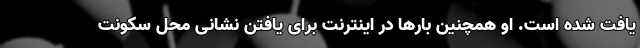
یافت شده است. او همچنین بارها در اینترنت برای یافتن نشانی محل سکونت